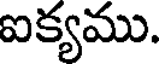
ఐక్యము.